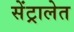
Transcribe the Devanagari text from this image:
सेंट्रालेत